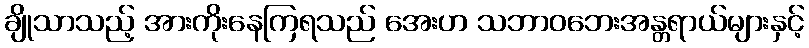
ချိုသာသည့် အားကိုးနေကြရသည် အေးဟ သဘာဝဘေးအန္တရာယ်များနှင့်